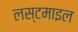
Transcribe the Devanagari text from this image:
लस्टमाइल